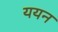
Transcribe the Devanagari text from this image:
ययन